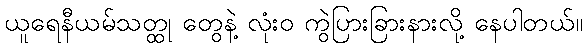
ယူရေနီယမ်သတ္ထု တွေနဲ့ လုံးဝ ကွဲပြားခြားနားလို့ နေပါတယ်။